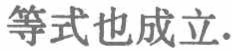
等式也成立.